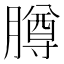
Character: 𬛘